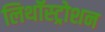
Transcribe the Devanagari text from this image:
लिथॉस्ट्रोशन